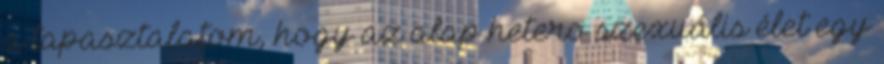
a tapasztalatom, hogy az alap hetero szexuális élet egy